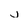
Character: j